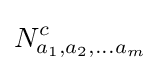
N_{a_{1},a_{2},\ldots a_{m}}^{c}